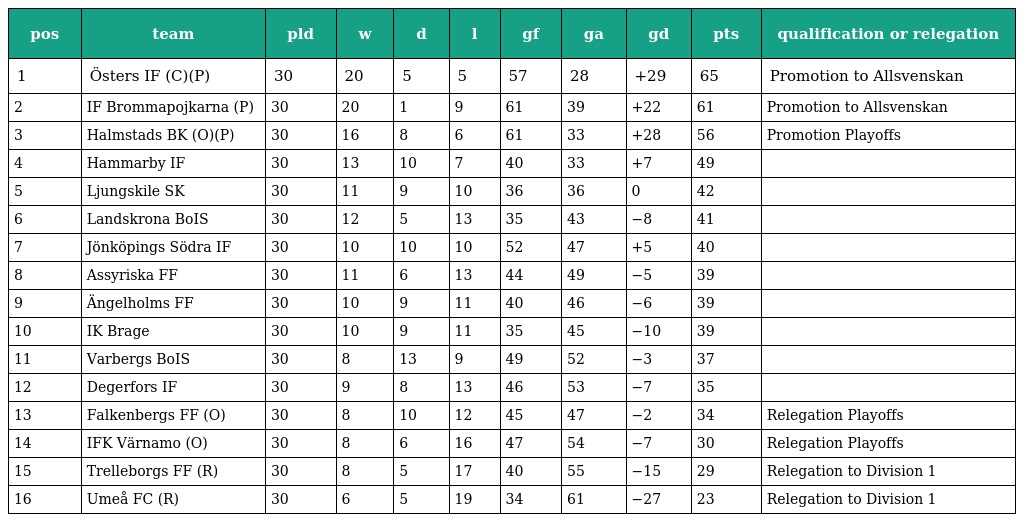
| pos | team | pld | w | d | l | gf | ga | gd | pts | qualification or relegation |
 | --- | --- | --- | --- | --- | --- | --- | --- | --- | --- | --- |
 | 1 | Östers IF (C)(P) | 30 | 20 | 5 | 5 | 57 | 28 | +29 | 65 | Promotion to Allsvenskan |
 | 2 | IF Brommapojkarna (P) | 30 | 20 | 1 | 9 | 61 | 39 | +22 | 61 | Promotion to Allsvenskan |
 | 3 | Halmstads BK (O)(P) | 30 | 16 | 8 | 6 | 61 | 33 | +28 | 56 | Promotion Playoffs |
 | 4 | Hammarby IF | 30 | 13 | 10 | 7 | 40 | 33 | +7 | 49 |  |
 | 5 | Ljungskile SK | 30 | 11 | 9 | 10 | 36 | 36 | 0 | 42 |  |
 | 6 | Landskrona BoIS | 30 | 12 | 5 | 13 | 35 | 43 | −8 | 41 |  |
 | 7 | Jönköpings Södra IF | 30 | 10 | 10 | 10 | 52 | 47 | +5 | 40 |  |
 | 8 | Assyriska FF | 30 | 11 | 6 | 13 | 44 | 49 | −5 | 39 |  |
 | 9 | Ängelholms FF | 30 | 10 | 9 | 11 | 40 | 46 | −6 | 39 |  |
 | 10 | IK Brage | 30 | 10 | 9 | 11 | 35 | 45 | −10 | 39 |  |
 | 11 | Varbergs BoIS | 30 | 8 | 13 | 9 | 49 | 52 | −3 | 37 |  |
 | 12 | Degerfors IF | 30 | 9 | 8 | 13 | 46 | 53 | −7 | 35 |  |
 | 13 | Falkenbergs FF (O) | 30 | 8 | 10 | 12 | 45 | 47 | −2 | 34 | Relegation Playoffs |
 | 14 | IFK Värnamo (O) | 30 | 8 | 6 | 16 | 47 | 54 | −7 | 30 | Relegation Playoffs |
 | 15 | Trelleborgs FF (R) | 30 | 8 | 5 | 17 | 40 | 55 | −15 | 29 | Relegation to Division 1 |
 | 16 | Umeå FC (R) | 30 | 6 | 5 | 19 | 34 | 61 | −27 | 23 | Relegation to Division 1 |